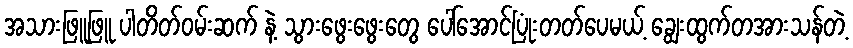
အသားဖြူဖြူ ပါတိတ်ဝမ်းဆက် နဲ့ သွားဖွေးဖွေးတွေ ပေါ်အောင်ပြုံးတတ်ပေမယ့် ချွေးထွက်တအားသန်တဲ့